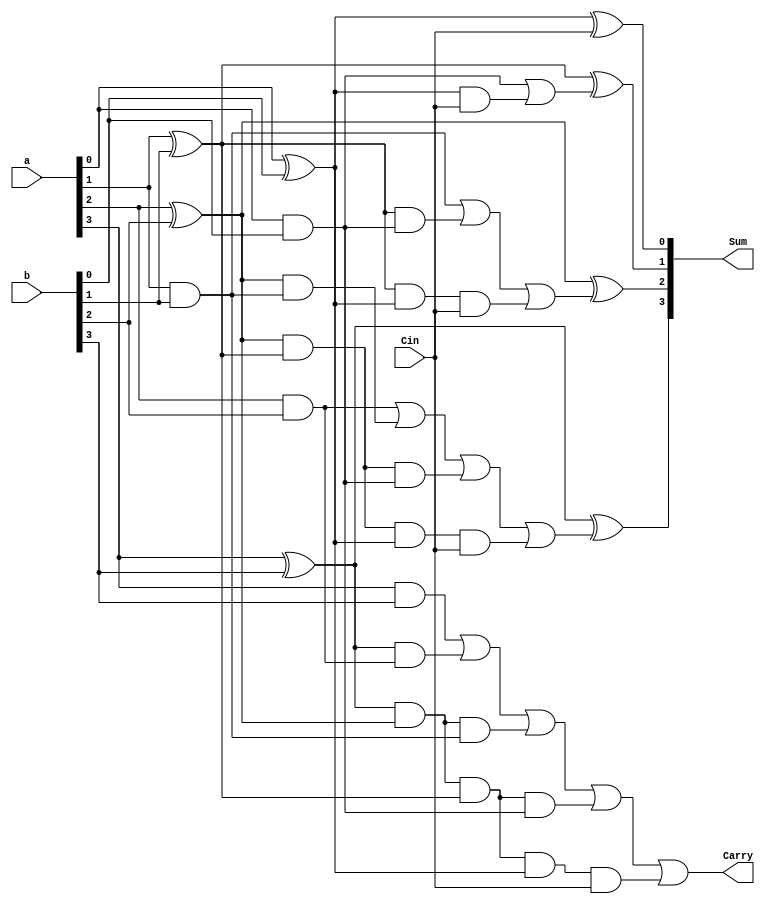
`timescale 1ns / 1ps
//////////////////////////////////////////////////////////////////////////////////
// Company: 
// Engineer: 
// 
// Design Name: 
// Module Name: Carry_Look_Ahead_Adder_DF
// Project Name: 
// Target Devices: 
// Tool Versions: 
// Description: 
// 
// Dependencies: 
// 
// Revision:
// Revision 0.01 - File Created
// Additional Comments:
// 
//////////////////////////////////////////////////////////////////////////////////


module Carry_Look_Ahead_Adder_DF(Sum, Carry, a, b, Cin);
input [3:0] a, b;
input Cin;
output [3:0] Sum;
output Carry;

wire p0, g0, p1, g1, p2, g2, p3, g3;
wire c4, c3, c2, c1;

assign p0 = a[0] ^ b[0],
       p1 = a[1] ^ b[1],
       p2 = a[2] ^ b[2],
       p3 = a[3] ^ b[3];
       
assign g0 = a[0] & b[0],
       g1 = a[1] & b[1],
       g2 = a[2] & b[2],
       g3 = a[3] & b[3];
       
assign c1 = g0 | (p0 & Cin),
       c2 = g1 | (p1 & g0) | (p1 & p0 & Cin),
       c3 = g2 | (p2 & g1) | (p2 & p1 & g0) | (p2 & p1 & p0 & Cin),
       c4 = g3 | (p3 & g2) | (p3 & p2 & g1) | (p3 & p2 & p1 & g0) | (p3 & p2 & p1 & p0 & Cin);
       
assign Sum[0] = p0 ^ Cin,
       Sum[1] = p1 ^ c1,
       Sum[2] = p2 ^ c2,
       Sum[3] = p3 ^ c3;
       
assign Carry = c4;

endmodule